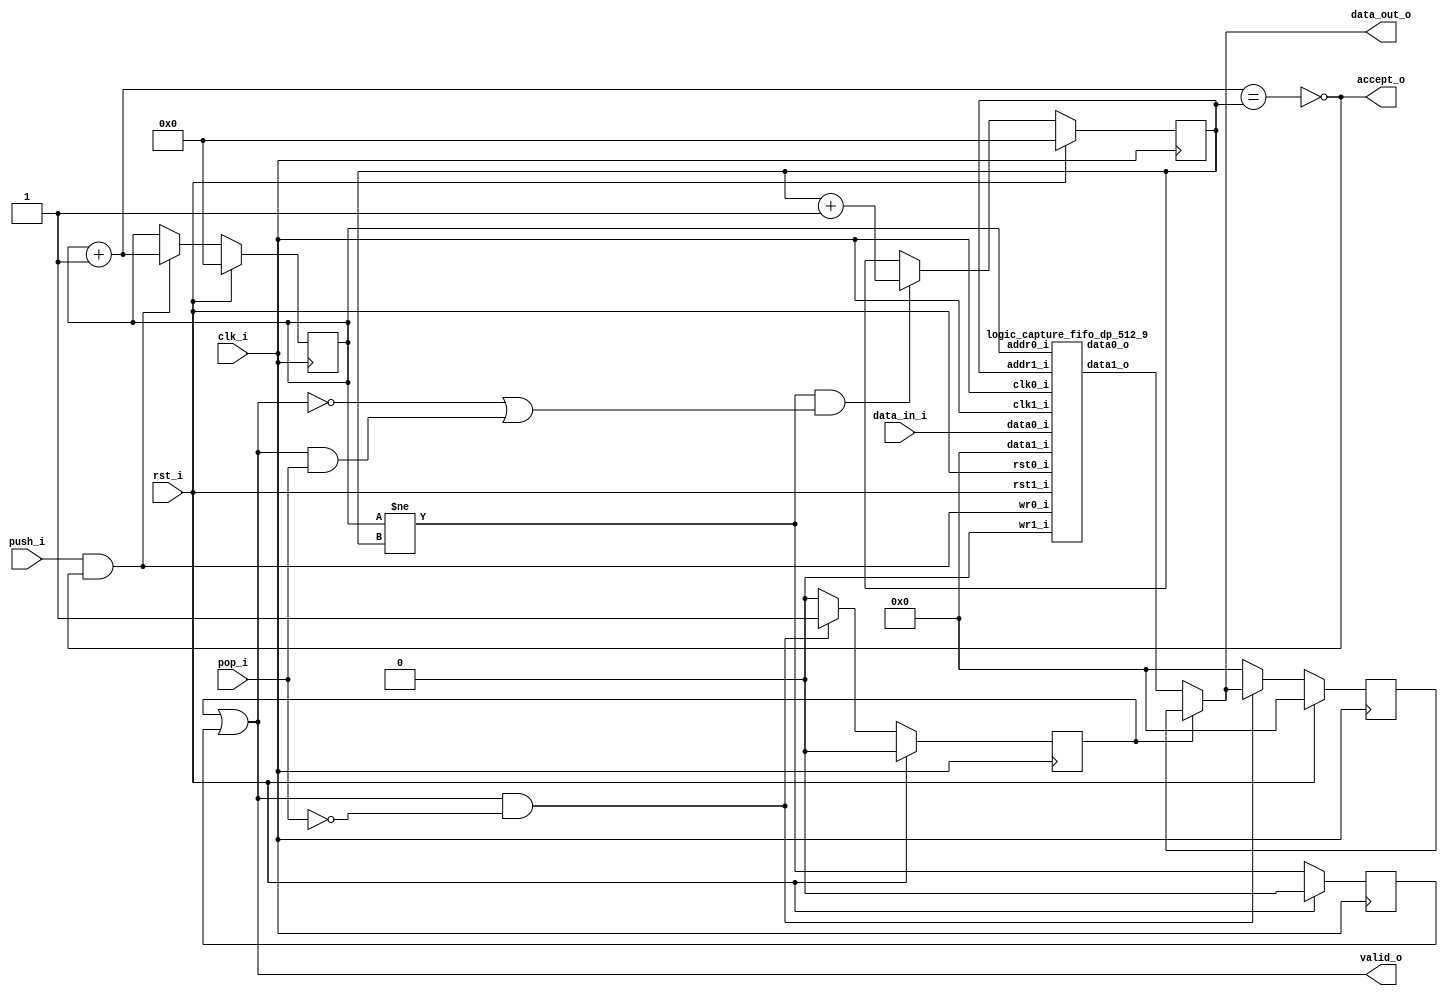
//-----------------------------------------------------------------
//                         open-logic-bit
//                            V0.1
//                        Copyright 2021
//              github.com/ultraembedded/openlogicbit
//
//                   admin@ultra-embedded.com
//
//                     License: Apache 2.0
//-----------------------------------------------------------------
// Copyright 2021 Ultra-Embedded.com
// 
// Licensed under the Apache License, Version 2.0 (the "License");
// you may not use this file except in compliance with the License.
// You may obtain a copy of the License at
// 
//     http://www.apache.org/licenses/LICENSE-2.0
// 
// Unless required by applicable law or agreed to in writing, software
// distributed under the License is distributed on an "AS IS" BASIS,
// WITHOUT WARRANTIES OR CONDITIONS OF ANY KIND, either express or implied.
// See the License for the specific language governing permissions and
// limitations under the License.
//-----------------------------------------------------------------
module logic_capture_fifo
(
    // Inputs
     input           clk_i
    ,input           rst_i
    ,input  [ 31:0]  data_in_i
    ,input           push_i
    ,input           pop_i

    // Outputs
    ,output [ 31:0]  data_out_o
    ,output          accept_o
    ,output          valid_o
);

//-----------------------------------------------------------------
// Registers
//-----------------------------------------------------------------
reg [8:0]   rd_ptr_q;
reg [8:0]   wr_ptr_q;

//-----------------------------------------------------------------
// Write Side
//-----------------------------------------------------------------
wire [8:0] write_next_w = wr_ptr_q + 9'd1;

wire full_w = (write_next_w == rd_ptr_q);

always @ (posedge clk_i )
if (rst_i)
    wr_ptr_q <= 9'b0;
// Push
else if (push_i & !full_w)
    wr_ptr_q <= write_next_w;

//-----------------------------------------------------------------
// Read Side
//-----------------------------------------------------------------
wire read_ok_w = (wr_ptr_q != rd_ptr_q);
reg  rd_q;

always @ (posedge clk_i )
if (rst_i)
    rd_q <= 1'b0;
else
    rd_q <= read_ok_w;

always @ (posedge clk_i )
if (rst_i)
    rd_ptr_q     <= 9'b0;
// Read address increment
else if (read_ok_w && ((!valid_o) || (valid_o && pop_i)))
    rd_ptr_q <= rd_ptr_q + 9'd1;

//-------------------------------------------------------------------
// Read Skid Buffer
//-------------------------------------------------------------------
reg                rd_skid_q;
reg [31:0] rd_skid_data_q;

always @ (posedge clk_i )
if (rst_i)
begin
    rd_skid_q <= 1'b0;
    rd_skid_data_q <= 32'b0;
end
else if (valid_o && !pop_i)
begin
    rd_skid_q      <= 1'b1;
    rd_skid_data_q <= data_out_o;
end
else
begin
    rd_skid_q      <= 1'b0;
    rd_skid_data_q <= 32'b0;
end

//-------------------------------------------------------------------
// Combinatorial
//-------------------------------------------------------------------
assign valid_o       = rd_skid_q | rd_q;
assign accept_o      = !full_w;

//-------------------------------------------------------------------
// Dual port RAM
//-------------------------------------------------------------------
wire [31:0] data_out_w;

logic_capture_fifo_dp_512_9
u_ram
(
    // Inputs
    .clk0_i(clk_i),
    .rst0_i(rst_i),
    .clk1_i(clk_i),
    .rst1_i(rst_i),

    // Write side
    .addr0_i(wr_ptr_q),
    .wr0_i(push_i & accept_o),
    .data0_i(data_in_i),
    .data0_o(),

    // Read side
    .addr1_i(rd_ptr_q),
    .data1_i(32'b0),
    .wr1_i(1'b0),
    .data1_o(data_out_w)
);

assign data_out_o = rd_skid_q ? rd_skid_data_q : data_out_w;

endmodule

//-------------------------------------------------------------------
// Dual port RAM
//-------------------------------------------------------------------
module logic_capture_fifo_dp_512_9
(
    // Inputs
     input           clk0_i
    ,input           rst0_i
    ,input  [ 8:0]  addr0_i
    ,input  [ 31:0]  data0_i
    ,input           wr0_i
    ,input           clk1_i
    ,input           rst1_i
    ,input  [ 8:0]  addr1_i
    ,input  [ 31:0]  data1_i
    ,input           wr1_i

    // Outputs
    ,output [ 31:0]  data0_o
    ,output [ 31:0]  data1_o
);

/* verilator lint_off MULTIDRIVEN */
reg [31:0]   ram [511:0] /*verilator public*/;
/* verilator lint_on MULTIDRIVEN */

reg [31:0] ram_read0_q;
reg [31:0] ram_read1_q;

// Synchronous write
always @ (posedge clk0_i)
begin
    if (wr0_i)
        ram[addr0_i] <= data0_i;

    ram_read0_q <= ram[addr0_i];
end

always @ (posedge clk1_i)
begin
    if (wr1_i)
        ram[addr1_i] <= data1_i;

    ram_read1_q <= ram[addr1_i];
end

assign data0_o = ram_read0_q;
assign data1_o = ram_read1_q;

endmodule